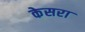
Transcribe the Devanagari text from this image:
केसरा